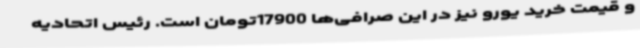
و قیمت خرید یورو نیز در این صرافی‌ها 17900تومان است. رئیس اتحادیه